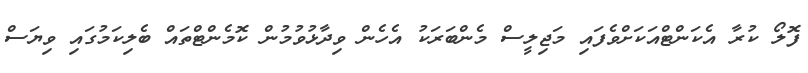
ފޮލޯ ކުރާ އެކަންޓްއަކަށްވެފައި މަޖިލީސް މެންބަރަކު އެހެން ވިދާޅުވުމުން ކޮމެންޓްތައް ބެލިކަމުގައި ވިޔަސް